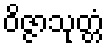
ဝိဇ္ဇာသုတ္တံ